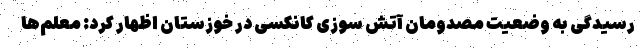
رسیدگی به وضعیت مصدومان آتش سوزی کانکسی در خوزستان اظهار کرد: معلم‌ها